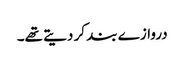
دروازے بند کر دیتے تھے۔